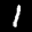
Label: 1